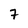
Character: 7